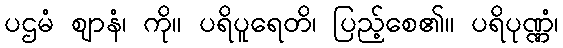
ပဌမံ ဈာနံ၊ ကို။ ပရိပူရေတိ၊ ပြည့်စေ၏။ ပရိပုဏ္ဏံ၊